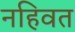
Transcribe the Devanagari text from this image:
नहिवत